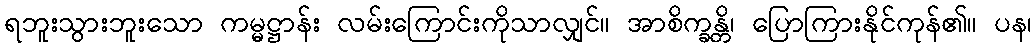
ရဘူးသွားဘူးသော ကမ္မဋ္ဌာန်း လမ်းကြောင်းကိုသာလျှင်။ အာစိက္ခန္တိ၊ ပြောကြားနိုင်ကုန်၏။ ပန၊